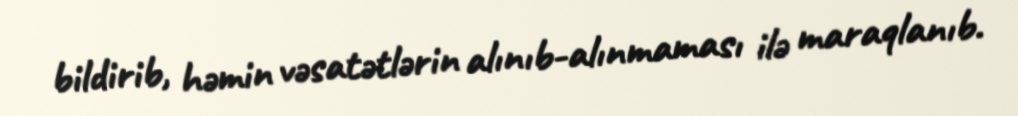
bildirib, həmin vəsatətlərin alınıb-alınmaması ilə maraqlanıb.